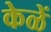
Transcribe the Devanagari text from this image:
केळें